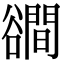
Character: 𧯑